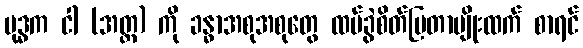
ဗုဒ္ဓက ငါ (အတ္တ) ကို ခန္ဓာအစုအစုတွေ ထပ်ခွဲစိတ်ပြတာမျိုးထက် စာရင်